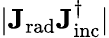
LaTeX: |\mathbf{J_{\mathrm{{rad}}}}\mathbf{J_{\mathrm{{inc}}}^{\dagger}}|